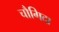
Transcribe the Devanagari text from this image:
चौगिदा